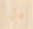
هل